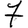
Digit: 7